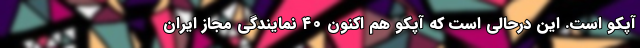
آپکو است. این درحالی است که ‌آپکو هم اکنون ۴۰ نمایندگی مجاز ایران